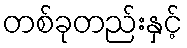
တစ်ခုတည်းနှင့်